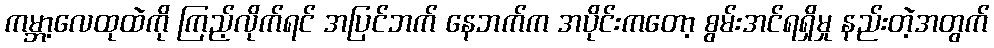
ကမ္ဘာ့လေထုထဲကို ကြည့်လိုက်ရင် အပြင်ဘက် နေဘက်က အပိုင်းကတော့ စွမ်းအင်ရရှိမှု နည်းတဲ့အတွက်